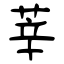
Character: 莘